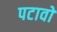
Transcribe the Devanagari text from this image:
पटावों